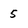
Character: 5